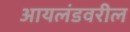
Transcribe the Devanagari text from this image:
आयलंडवरील